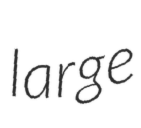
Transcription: large